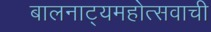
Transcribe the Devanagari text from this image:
बालनाट्यमहोत्सवाची